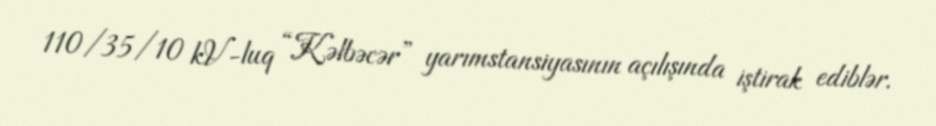
110/35/10 kV-luq “Kəlbəcər” yarımstansiyasının açılışında iştirak ediblər.